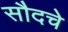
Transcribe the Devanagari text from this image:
सौदचे